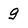
Character: g